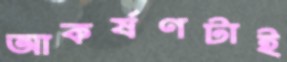
আকর্ষণটাই